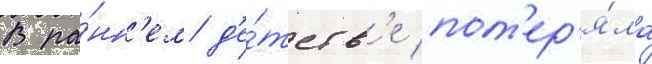
В ра́нн'ем д'е́тств'е пот'ер'я́ла